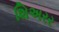
શિઅરર